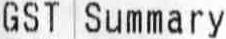
GST SUMMARY